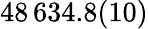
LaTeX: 48\, 634.8(10)